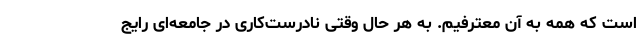
است که همه به آن معترفیم. به هر حال وقتی نادرست‌کاری در جامعه‌ای رایج